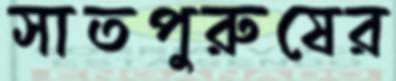
সাতপুরুষের